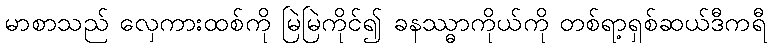
မာစာသည် လှေကားထစ်ကို မြဲမြဲကိုင်၍ ခနဿ္ဓာကိုယ်ကို တစ်ရာ့ရှစ်ဆယ်ဒီကရီ